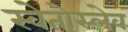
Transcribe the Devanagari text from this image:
स्वेतोस्लेव